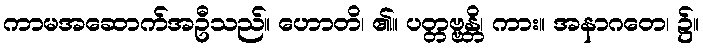
ကာမအဆောက်အဦသည်။ ဟောတိ၊ ၏။ ပတ္တဗ္ဗန္တိ၊ ကား။ အနာဂတေ၊ ၌။